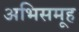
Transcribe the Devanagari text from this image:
अभिसमूह